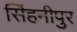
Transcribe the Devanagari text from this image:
सिंहनीपुर